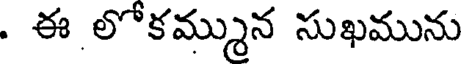
. ఈ లోకమ్మున సుఖమును